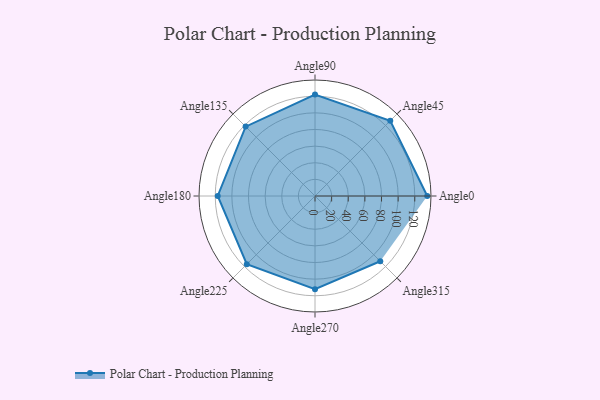
{"axis": {"x": "Angle", "y": "Radius"}, "legend": [""], "data": [{"x": "Angle0", "y": 135.0, "type": ""}, {"x": "Angle45", "y": 128.0, "type": ""}, {"x": "Angle90", "y": 122.0, "type": ""}, {"x": "Angle135", "y": 118.0, "type": ""}, {"x": "Angle180", "y": 117.0, "type": ""}, {"x": "Angle225", "y": 116.0, "type": ""}, {"x": "Angle270", "y": 112.0, "type": ""}, {"x": "Angle315", "y": 111.0, "type": ""}]}